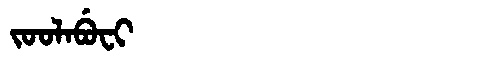
Manchu: ᠵᠣᠣᠯᠠᠪᡠᠸᡳ
Romanization: JOOLABUFI